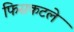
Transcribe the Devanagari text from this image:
फिसकटले